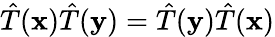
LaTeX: {\hat{T}}(\mathbf{x}){\hat{T}}(\mathbf{y})={\hat{T}}(\mathbf{y}){\hat{T}}(\mathbf{x})